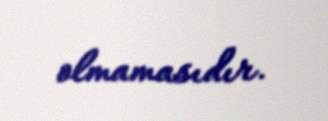
olmamasıdır.